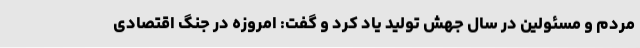
مردم و مسئولین در سال جهش تولید یاد کرد و گفت: امروزه در جنگ اقتصادی